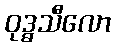
ဝုဒ္ဓသီလော